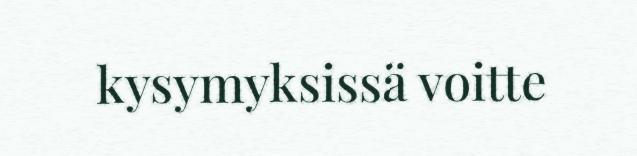
kysymyksissä voitte